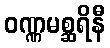
ဝဏ္ဏမစ္ဆရိနီ